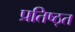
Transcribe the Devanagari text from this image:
प्रतिष्ठ्त